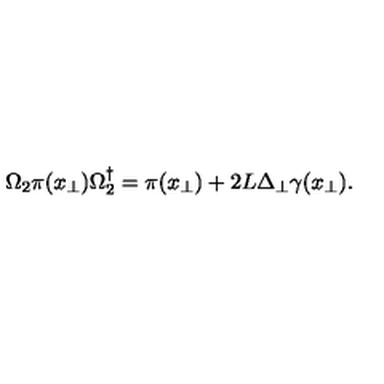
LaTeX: \Omega _ { 2 } \pi ( x _ { \perp } ) \Omega _ { 2 } ^ { \dagger } = \pi ( x _ { \perp } ) + { 2 L } \Delta _ { \perp } \gamma ( x _ { \perp } ) .